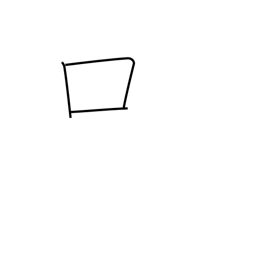
Meaning: mouth